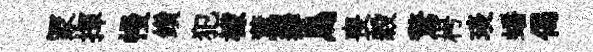
冡揮幔鑽犯檬薰舞烏喪穀驚枵琰蟠偈